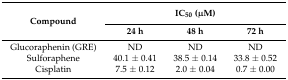
<table><thead><tr><td rowspan="2"><b>Compound</b></td><td colspan="3"><b>IC<sub>50</sub> (μM)</b></td></tr><tr><td><b>24 h</b></td><td><b>48 h</b></td><td><b>72 h</b></td></tr></thead><tbody><tr><td>Glucoraphenin (GRE)</td><td>ND</td><td>ND</td><td>ND</td></tr><tr><td>Sulforaphene</td><td>40.1 ± 0.41</td><td>38.5 ± 0.14</td><td>33.8 ± 0.52</td></tr><tr><td>Cisplatin</td><td>7.5 ± 0.12</td><td>2.0 ± 0.04</td><td>0.7 ± 0.00</td></tr></tbody></table>